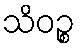
သိဝဉ္စ